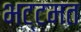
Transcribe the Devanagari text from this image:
भट्टमत